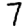
Digit: 7